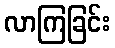
လာကြခြင်း